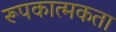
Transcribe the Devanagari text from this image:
रूपकात्मकता